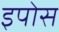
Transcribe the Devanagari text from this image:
इपोस